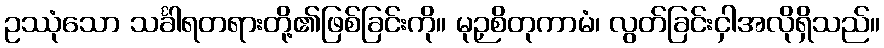
ဥဿုံသော သင်္ခါရတရားတို့၏ဖြစ်ခြင်းကို။ မုဉှစိတုကာမံ၊ လွတ်ခြင်းငှါအလိုရှိသည်။